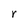
Character: r